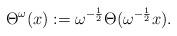
LaTeX: \begin{align*}\Theta^{\omega}(x):=\omega^{-\frac{1}{2}}\Theta (\omega^{-\frac{1}{2}}x). \end{align*}